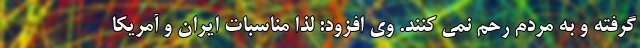
گرفته‌ و به مردم رحم نمی کنند. وی افزود: لذا مناسبات ایران و آمریکا